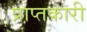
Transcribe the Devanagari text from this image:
प्राप्तकारी